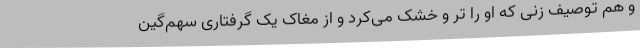
و هم توصیف زنی که او را تر و خشک می‌کرد و از مُغاک یک گرفتاریِ سهم‌گین